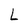
Character: L